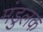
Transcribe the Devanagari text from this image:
मंडुलक